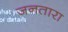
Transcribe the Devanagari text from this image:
जनतारा